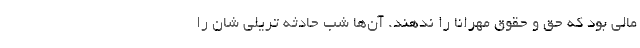
مالی بود که حق و حقوق مهرانا را ندهند. آن‌ها شب حادثه تریلی شان را